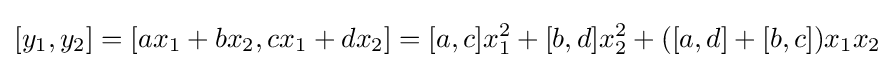
[y_{1},y_{2}]=[ax_{1}+bx_{2},cx_{1}+dx_{2}]=[a,c]x_{1}^{2}+[b,d]x_{2}^{2}+([a,d]+[b,c])x_{1}x_{2}